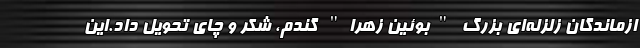
ازماندگان زلزله‌ای بزرگ "بوئین زهرا" گندم، شکر و چای تحویل داد.این